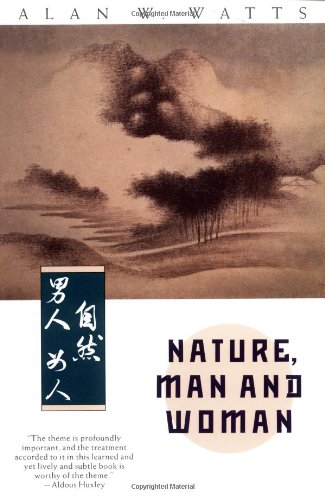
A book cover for Nature, Man and Woman; Alan W. Watts; Religion & Spirituality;